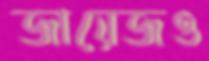
জায়েজও